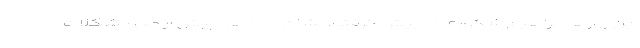
این روزها ابراهیم شکوری در پیش گرفته، نشان می‌دهد پیش از حل مشکلات